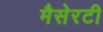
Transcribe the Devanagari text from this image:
मैसेरटी